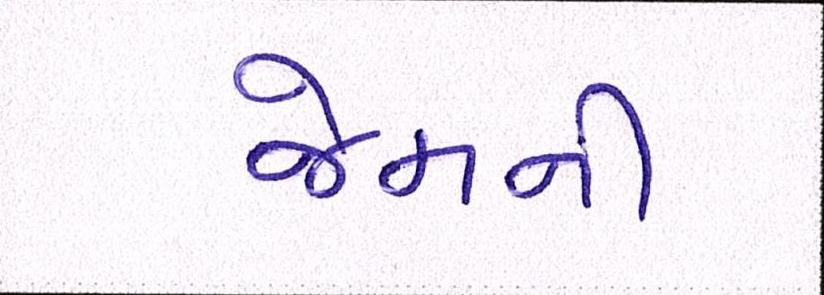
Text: જેમની